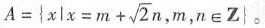
$$ A = m + \sqrt{2}n，m，n ∈ Z | $$。